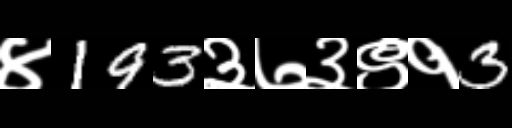
Text: ४193३७३९१3